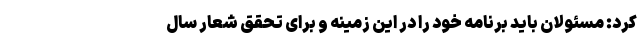
کرد: مسئولان باید برنامه خود را در این زمینه و برای تحقق شعار سال